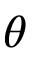
\theta